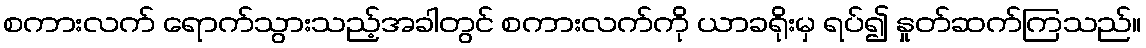
စကားလက် ရောက်သွားသည့်အခါတွင် စကားလက်ကို ယာခရိုးမှ ရပ်၍ နှုတ်ဆက်ကြသည်။